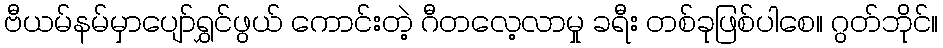
ဗီယမ်နမ်မှာပျော်ရွှင်ဖွယ် ကောင်းတဲ့ ဂီတလေ့လာမှု ခရီး တစ်ခုဖြစ်ပါစေ။ ဂွတ်ဘိုင်။